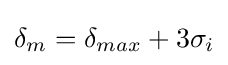
\delta _{m}=\delta _{max}+3\sigma _{i}